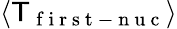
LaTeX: \langle\mathsf{T}_{\mathrm{{~f~i~r~s~t~-~n~u~c~}}}\rangle